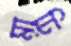
মাঢ়ি